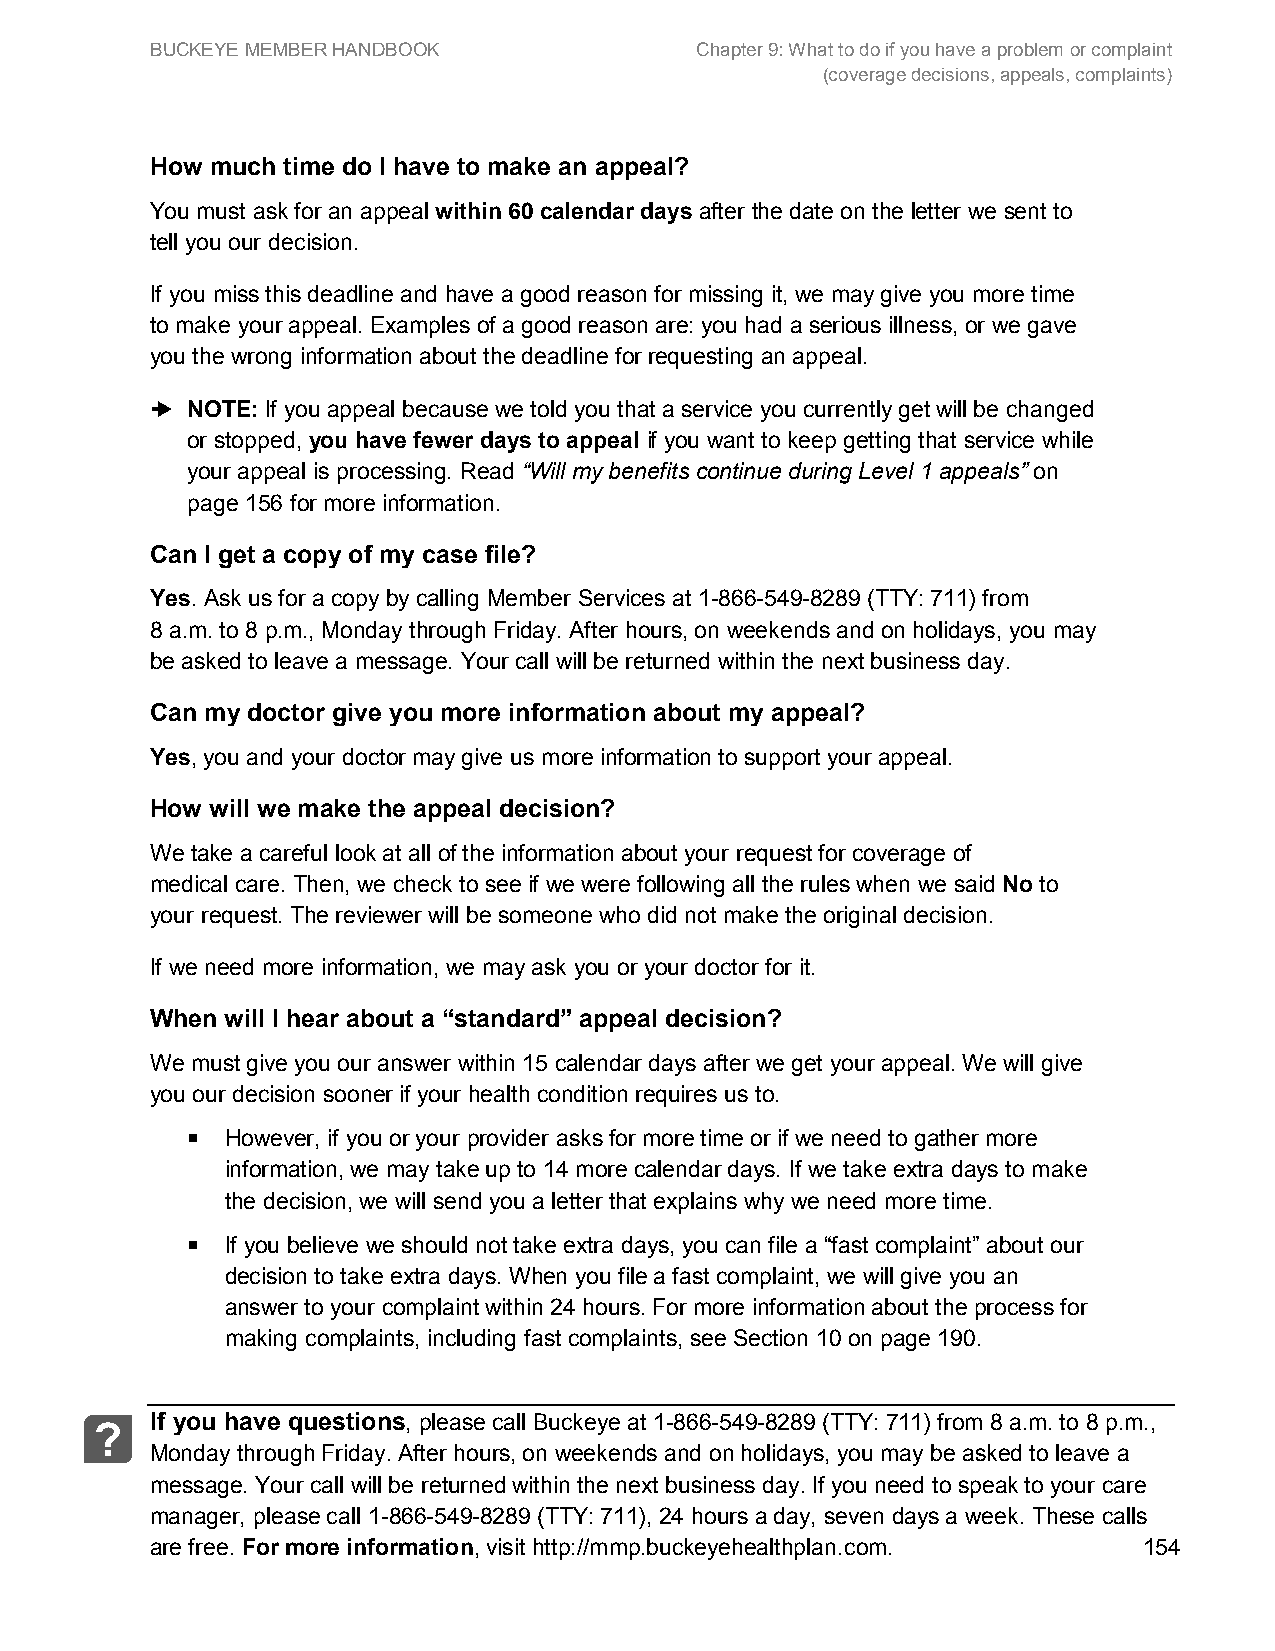
BUCKEYE MEMBER HANDBOOK             Chapter 9: What to do if you have a problem or complaint
 (coverage decisions, appeals, complaints)
 How much time do I have to make an appeal?
 You must ask for an appeal within 60 calendar days after the date on the letter we sent to
 tell you our decision.
 If you miss this deadline and have a good reason for missing it, we may give you more time
 to make your appeal. Examples of a good reason are: you had a serious illness, or we gave
 you the wrong information about the deadline for requesting an appeal.
 ➜ NOTE: If you appeal because we told you that a service you currently get will be changed
 or stopped, you have fewer days to appeal if you want to keep getting that service while
 your appeal is processing. Read “Will my benefits continue during Level 1 appeals” on
 page 156 for more information.
 Can I get a copy of my case file?
 Yes. Ask us for a copy by calling Member Services at 1-866-549-8289 (TTY: 711) from
 8 a.m. to 8 p.m., Monday through Friday. After hours, on weekends and on holidays, you may
 be asked to leave a message. Your call will be returned within the next business day.
 Can my doctor give you more information about my appeal?
 Yes, you and your doctor may give us more information to support your appeal.
 How will we make the appeal decision?
 We take a careful look at all of the information about your request for coverage of
 medical care. Then, we check to see if we were following all the rules when we said No to
 your request. The reviewer will be someone who did not make the original decision.
 If we need more information, we may ask you or your doctor for it.
 When will I hear about a “standard” appeal decision?
 We must give you our answer within 15 calendar days after we get your appeal. We will give
 you our decision sooner if your health condition requires us to.
   However, if you or your provider asks for more time or if we need to gather more
 information, we may take up to 14 more calendar days. If we take extra days to make
 the decision, we will send you a letter that explains why we need more time.
   If you believe we should not take extra days, you can file a “fast complaint” about our
 decision to take extra days. When you file a fast complaint, we will give you an
 answer to your complaint within 24 hours. For more information about the process for
 making complaints, including fast complaints, see Section 10 on page 190.
 If you have questions, please call Buckeye at 1-866-549-8289 (TTY: 711) from 8 a.m. to 8 p.m.,
 ?
 Monday through Friday. After hours, on weekends and on holidays, you may be asked to leave a
 message. Your call will be returned within the next business day. If you need to speak to your care
 manager, please call 1-866-549-8289 (TTY: 711), 24 hours a day, seven days a week. These calls
 are free. For more information, visit http://mmp.buckeyehealthplan.com. 154